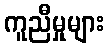
ကူညီမှုများ